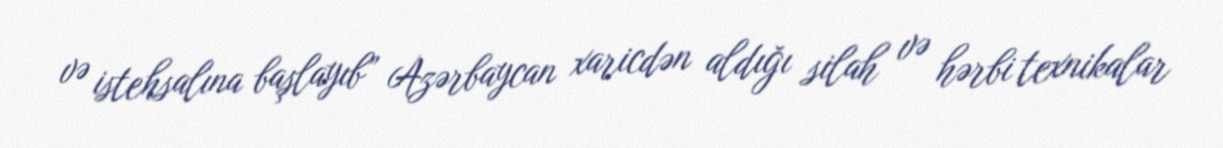
və istehsalına başlayıb” Azərbaycan xaricdən aldığı silah və hərbi texnikalar